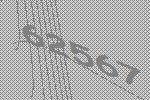
62567